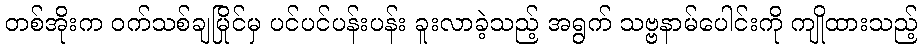
တစ်အိုးက ဝက်သစ်ချမြိုင်မှ ပင်ပင်ပန်းပန်း ခူးလာခဲ့သည့် အရွက် သဗ္ဗနာမ်ပေါင်းကို ကျိုထားသည့်